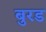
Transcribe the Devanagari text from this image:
बुरड